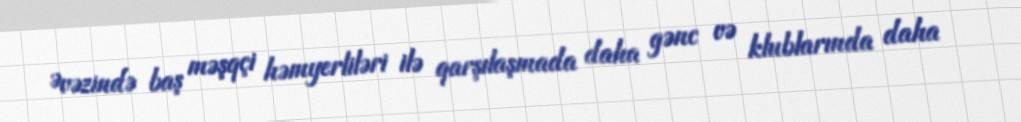
Əvəzində baş məşqçi həmyerliləri ilə qarşılaşmada daha gənc və klublarında daha